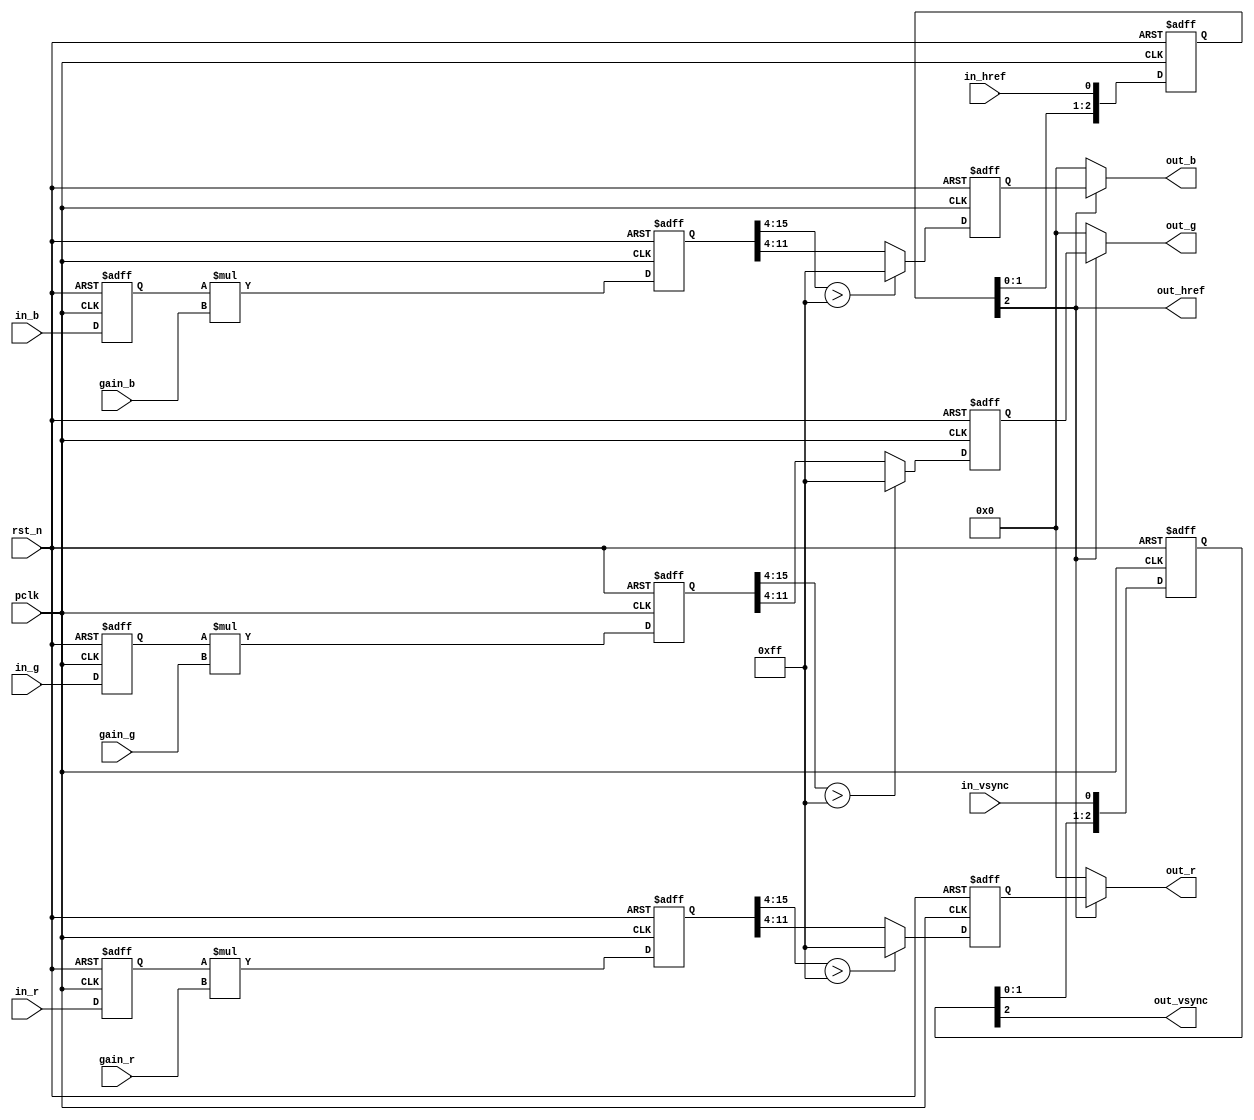
/*************************************************************************
    > File Name: isp_wb.v
    > Author: bxq
    > Mail: 544177215@qq.com
    > Created Time: Thu 21 Jan 2021 21:50:04 GMT
 ************************************************************************/
`timescale 1 ns / 1 ps

/*
 * ISP - White Balance Gain
 */

module isp_wb
#(
	parameter BITS = 8,
	parameter WIDTH = 1280,
	parameter HEIGHT = 960
)
(
	input pclk,
	input rst_n,

	input [7:0] gain_r,
	input [7:0] gain_g,
	input [7:0] gain_b,

	input in_href,
	input in_vsync,
	input [BITS-1:0] in_r,
	input [BITS-1:0] in_g,
	input [BITS-1:0] in_b,

	output out_href,
	output out_vsync,
	output [BITS-1:0] out_r,
	output [BITS-1:0] out_g,
	output [BITS-1:0] out_b
);

	reg [BITS-1:0] data_r;
	reg [BITS-1:0] data_g;
	reg [BITS-1:0] data_b;
	always @ (posedge pclk or negedge rst_n) begin
		if (!rst_n) begin
			data_r <= 0;
			data_g <= 0;
			data_b <= 0;
		end
		else begin
			data_r <= in_r;
			data_g <= in_g;
			data_b <= in_b;
		end
	end

	reg [BITS-1+8:0] data_r_1;
	reg [BITS-1+8:0] data_g_1;
	reg [BITS-1+8:0] data_b_1;
	always @ (posedge pclk or negedge rst_n) begin
		if (!rst_n) begin
			data_r_1 <= 0;
			data_g_1 <= 0;
			data_b_1 <= 0;
		end
		else begin
			data_r_1 <= data_r * gain_r;
			data_g_1 <= data_g * gain_g;
			data_b_1 <= data_b * gain_b;
		end
	end

	reg [BITS-1:0] data_r_2;
	reg [BITS-1:0] data_g_2;
	reg [BITS-1:0] data_b_2;
	always @ (posedge pclk or negedge rst_n) begin
		if (!rst_n) begin
			data_r_2 <= 0;
			data_g_2 <= 0;
			data_b_2 <= 0;
		end
		else begin
			data_r_2 <= data_r_1[BITS-1+8:4] > {BITS{1'b1}} ? {BITS{1'b1}} : data_r_1[BITS-1+4:4];
			data_g_2 <= data_g_1[BITS-1+8:4] > {BITS{1'b1}} ? {BITS{1'b1}} : data_g_1[BITS-1+4:4];
			data_b_2 <= data_b_1[BITS-1+8:4] > {BITS{1'b1}} ? {BITS{1'b1}} : data_b_1[BITS-1+4:4];
		end
	end

	localparam DLY_CLK = 3;
	reg [DLY_CLK-1:0] href_dly;
	reg [DLY_CLK-1:0] vsync_dly;
	always @ (posedge pclk or negedge rst_n) begin
		if (!rst_n) begin
			href_dly <= 0;
			vsync_dly <= 0;
		end
		else begin
			href_dly <= {href_dly[DLY_CLK-2:0], in_href};
			vsync_dly <= {vsync_dly[DLY_CLK-2:0], in_vsync};
		end
	end

	assign out_href = href_dly[DLY_CLK-1];
	assign out_vsync = vsync_dly[DLY_CLK-1];
	assign out_r = out_href ? data_r_2 : {BITS{1'b0}};
	assign out_g = out_href ? data_g_2 : {BITS{1'b0}};
	assign out_b = out_href ? data_b_2 : {BITS{1'b0}};
endmodule